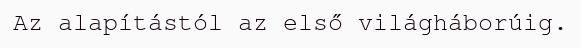
Az alapítástól az első világháborúig.